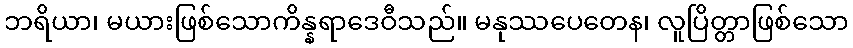
ဘရိယာ၊ မယားဖြစ်သောကိန္နရာဒေဝီသည်။ မနုဿပေတေန၊ လူပြိတ္တာဖြစ်သော